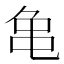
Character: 𪛉